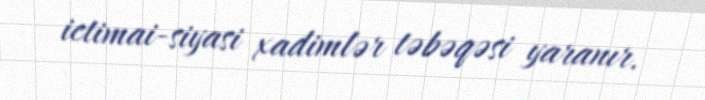
ictimai-siyasi xadimlər təbəqəsi yaranır.